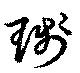
琖